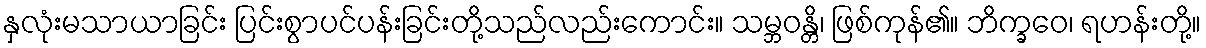
နှလုံးမသာယာခြင်း ပြင်းစွာပင်ပန်းခြင်းတို့သည်လည်းကောင်း။ သမ္ဘဝန္တိ၊ ဖြစ်ကုန်၏။ ဘိက္ခဝေ၊ ရဟန်းတို့။